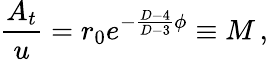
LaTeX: {\frac{A_{t}}{u}}=r_{0}e^{-{\frac{D-4}{D-3}}\phi}\equiv M\, ,